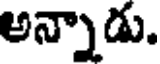
అన్నాడు.